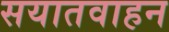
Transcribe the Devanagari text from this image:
सयातवाहन